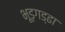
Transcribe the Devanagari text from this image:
भूड़गड्ढा